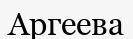
Аргеева